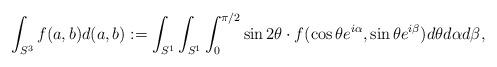
LaTeX: \begin{align*}\int_{S^3}f(a,b)d(a,b):=\int_{S^1}\int_{S^1}\int_0^{\pi/2}\sin2\theta \cdot f(\cos\theta e^{i\alpha},\sin\theta e^{i\beta}) d\theta d\alpha d\beta,\end{align*}